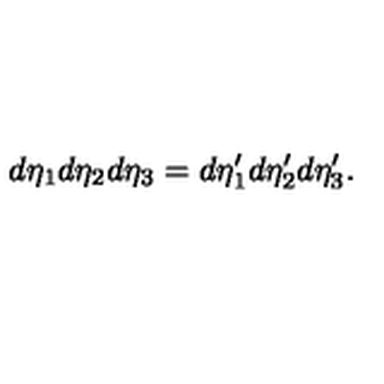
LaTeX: d \eta _ { 1 } d \eta _ { 2 } d \eta _ { 3 } = d \eta _ { 1 } ^ { \prime } d \eta _ { 2 } ^ { \prime } d \eta _ { 3 } ^ { \prime } .